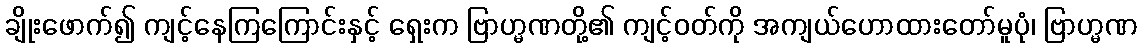
ချိုးဖောက်၍ ကျင့်နေကြကြောင်းနှင့် ရှေးက ဗြာဟ္မဏတို့၏ ကျင့်ဝတ်ကို အကျယ်ဟောထားတော်မူပုံ၊ ဗြာဟ္မဏ